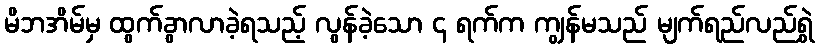
မိဘအိမ်မှ ထွက်ခွာလာခဲ့ရသည့် လွန်ခဲ့သော ၄ ရက်က ကျွန်မသည် မျက်ရည်လည်ရွှဲ